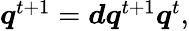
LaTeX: \begin{array}{r}{{\boldsymbol{q}}^{t+1}={\boldsymbol{d}}{\boldsymbol{q}}^{t+1}{\boldsymbol{q}}^{t},}\end{array}